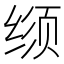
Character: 𬘳